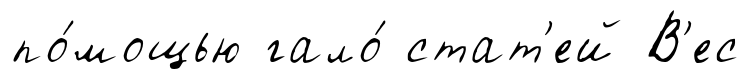
по́мощью гало́ стат'ей В'ес